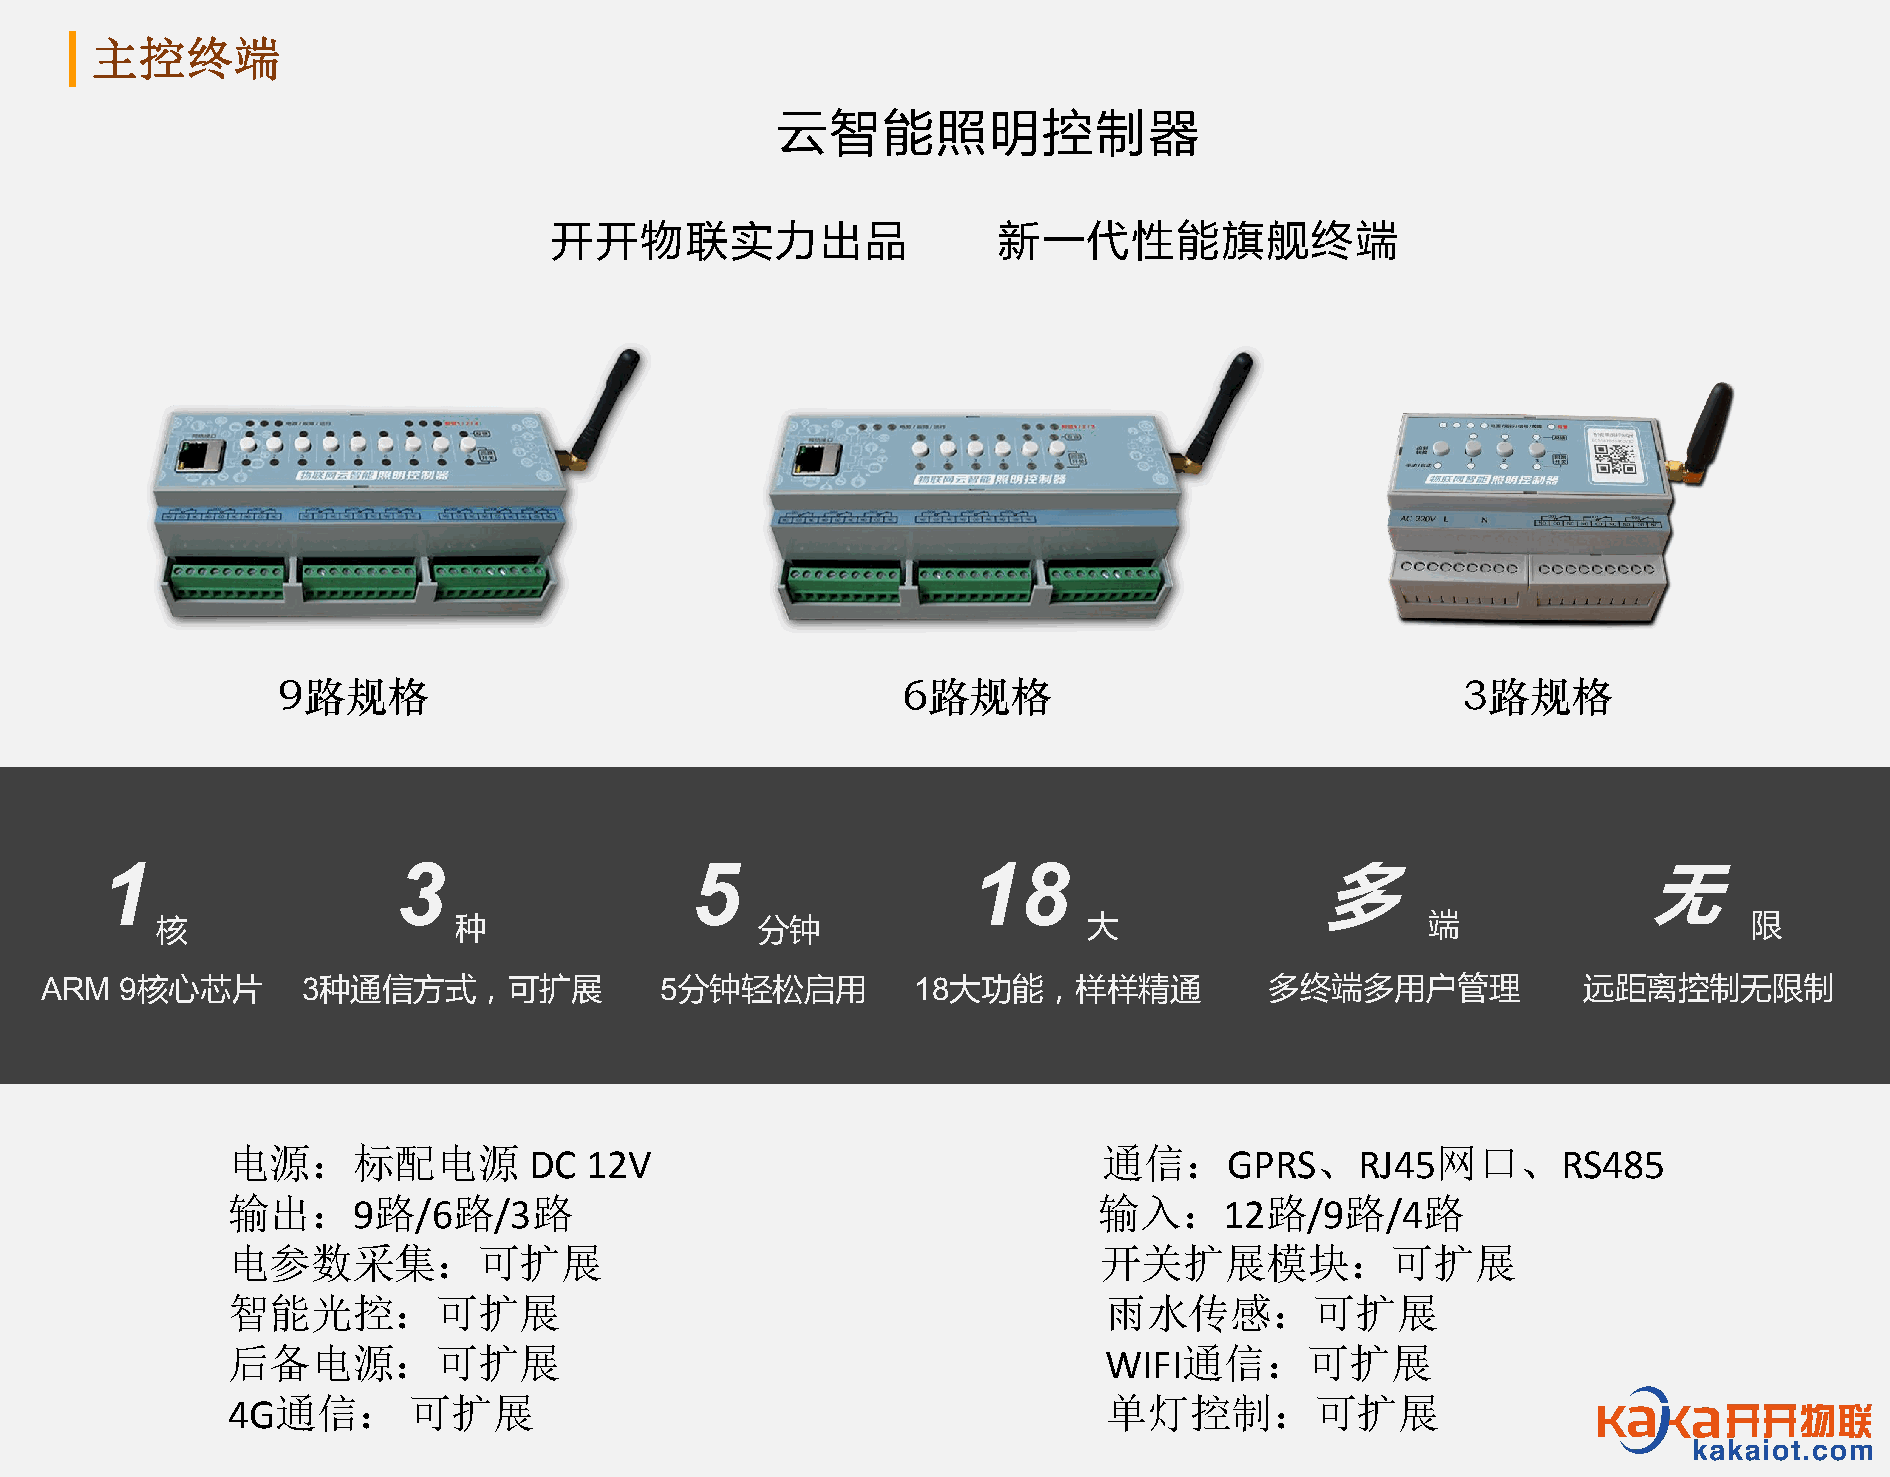
主控终端
 云智能照明控制器
 开开物联实力出品                      新一代性能旗舰终端
 9路规格                                      6路规格                                 3路规格
 1                  3                   5                 18                     多                     无
 核                   种                   分钟                    大                      端                    限
 ARM  9核心芯片       3种通信方式，可扩展              5分钟轻松启用          18大功能，样样精通             多终端多用户管理             远距离控制无限制
 电源：标配电源                                                   通信：           、       网口、
 DC  12V                                       GPRS     RJ45         RS485
 输出：       路    路    路                                     输入：        路    路    路
 9    /6   /3                                              12    /9   /4
 电参数采集：可扩展                                                 开关扩展模块：可扩展
 智能光控：可扩展                                                  雨水传感：可扩展
 后备电源：可扩展                                                       通信：可扩展
 WIFI
 通信：      可扩展                                           单灯控制：可扩展
 4G